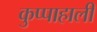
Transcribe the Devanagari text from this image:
कुप्पाहाली